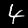
Label: 4